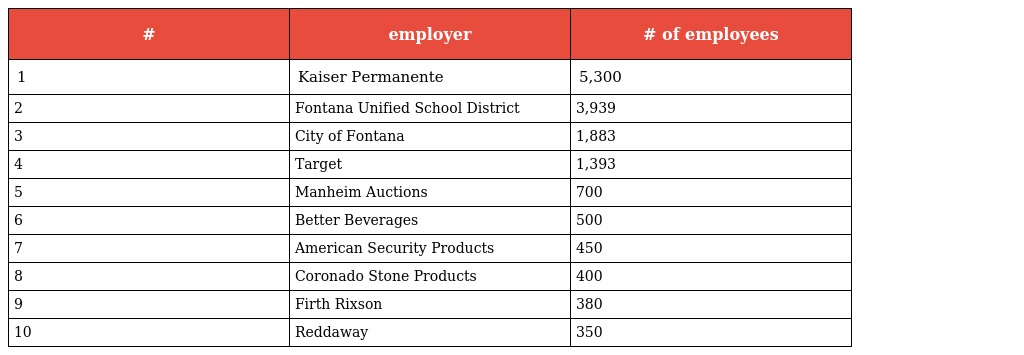
| # | employer | # of employees |
 | --- | --- | --- |
 | 1 | Kaiser Permanente | 5,300 |
 | 2 | Fontana Unified School District | 3,939 |
 | 3 | City of Fontana | 1,883 |
 | 4 | Target | 1,393 |
 | 5 | Manheim Auctions | 700 |
 | 6 | Better Beverages | 500 |
 | 7 | American Security Products | 450 |
 | 8 | Coronado Stone Products | 400 |
 | 9 | Firth Rixson | 380 |
 | 10 | Reddaway | 350 |